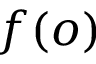
f ( o )